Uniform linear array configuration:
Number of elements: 24
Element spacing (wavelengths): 1
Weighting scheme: cosine
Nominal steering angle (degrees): -45
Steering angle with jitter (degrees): -46.546
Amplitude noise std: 0.05
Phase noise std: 0.05

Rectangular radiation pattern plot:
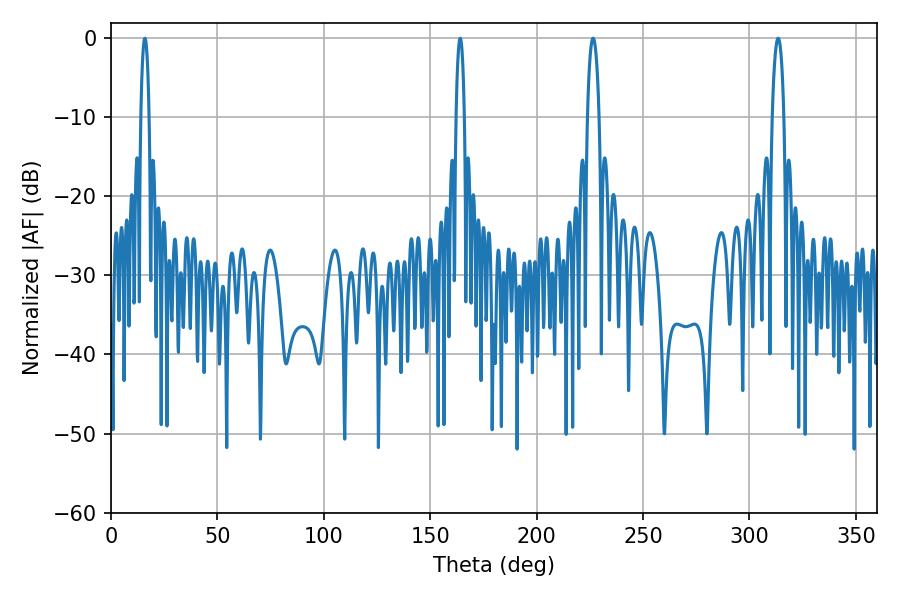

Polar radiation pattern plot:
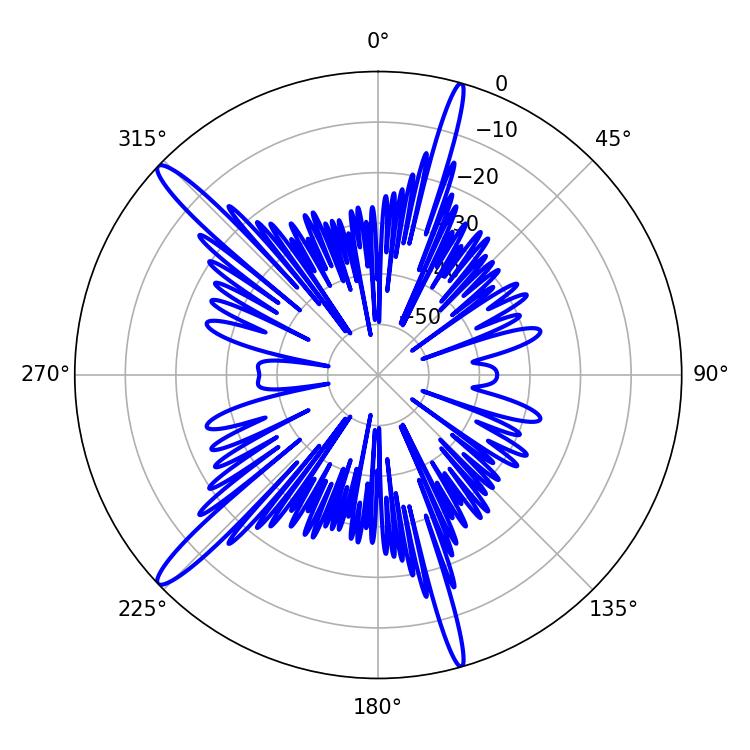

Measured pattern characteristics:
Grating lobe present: TRUE
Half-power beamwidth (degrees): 3.06
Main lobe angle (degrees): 226.44